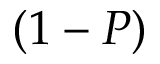
( 1 - P )